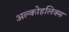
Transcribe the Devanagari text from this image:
अल्कोहलिक्स